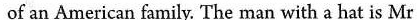
of an American family. The man with a hat is Mr